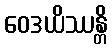
ဝေဒယိဿန္တိ